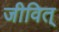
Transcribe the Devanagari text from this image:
जीवित्